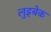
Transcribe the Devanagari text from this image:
लुइबेक